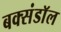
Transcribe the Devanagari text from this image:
बक्संडाॅल